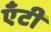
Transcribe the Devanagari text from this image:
एँटी